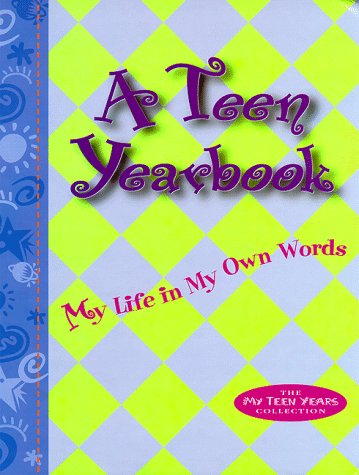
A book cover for A Teen Yearbook: My Life in My Own Words (The My Teen Years Collection Series); April R. Rogers April Rogers; Teen & Young Adult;